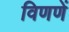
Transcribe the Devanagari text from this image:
विणणें